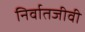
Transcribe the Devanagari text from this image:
निर्वातजीवी